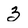
Character: 3